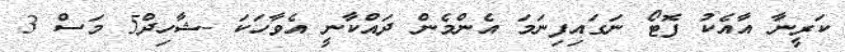
ކަރީނާ އާއެކު ފޮޓޯ ނަގައިފިނަމަ އެންމެން ދައްކާނީ އެވާހަކަ -ޝާހިދް5 މަސް 3